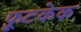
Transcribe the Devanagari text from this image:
फ़्रूटकेक